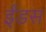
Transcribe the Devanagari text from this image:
ईंडस